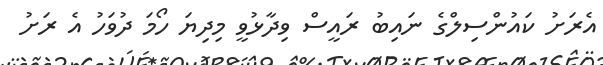
އެރަށު ކައުންސިލްގެ ނައިބު ރައީސް ވިދާޅުވީ މިދިޔަ ހޯމަ ދުވަހު އެ ރަށު